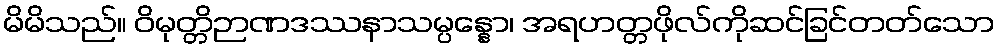
မိမိသည်။ ဝိမုတ္တိဉာဏဒဿနာသမ္ပန္နော၊ အရဟတ္တဖိုလ်ကိုဆင်ခြင်တတ်သော